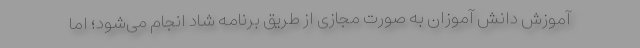
آموزش دانش آموزان به صورت مجازی از طریق برنامه شاد انجام می‌شود؛ اما